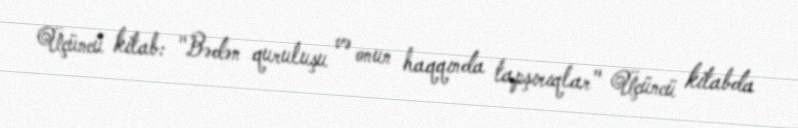
Üçüncü kitab: "Bədən quruluşu və onun haqqında tapşırıqlar" Üçüncü kitabda